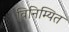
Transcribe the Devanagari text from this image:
विनिम्यित